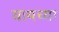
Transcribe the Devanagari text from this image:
वायच्या